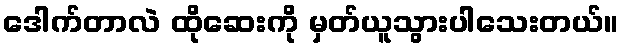
ဒေါက်တာလဲ ထိုဆေးကို မှတ်ယူသွားပါသေးတယ်။